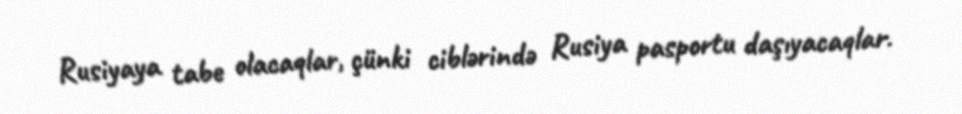
Rusiyaya tabe olacaqlar, çünki ciblərində Rusiya pasportu daşıyacaqlar.